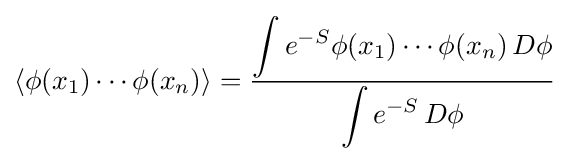
\left\langle \phi (x_{1})\cdots \phi (x_{n})\right\rangle ={\frac {\displaystyle \int e^{-S}\phi (x_{1})\cdots \phi (x_{n})\,D\phi }{\displaystyle \int e^{-S}\,D\phi }}